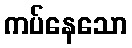
ကပ်နေသော